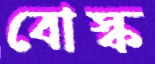
বোস্ক